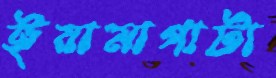
ইয়ামাগাটা